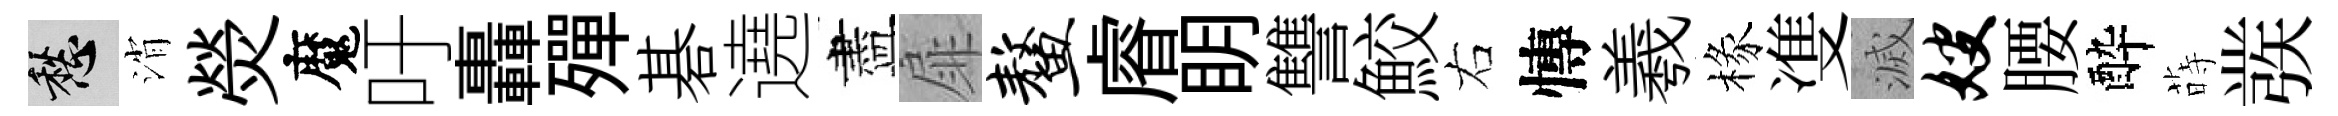
愁消熒魔吁轟殫碁遶盡扉鳌𥈠眀讐鮫右慱羲椽㕠滅嫂腰酔蒔彂